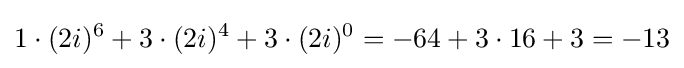
1\cdot (2i)^{6}+3\cdot (2i)^{4}+3\cdot (2i)^{0}=-64+3\cdot 16+3=-13